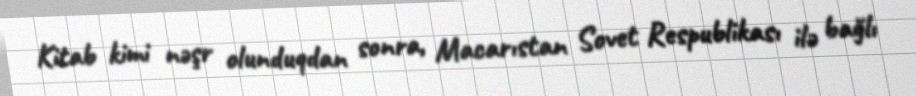
Kitab kimi nəşr olunduqdan sonra, Macarıstan Sovet Respublikası ilə bağlı